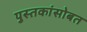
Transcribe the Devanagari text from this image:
पुस्तकांसोबत